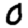
Digit: 0